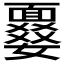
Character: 𩈾